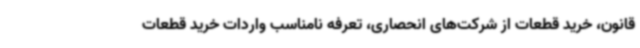
قانون، خرید قطعات از شرکت‌های انحصاری، تعرفه نامناسب واردات خرید قطعات